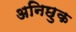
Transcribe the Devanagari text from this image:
अनिछुक